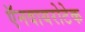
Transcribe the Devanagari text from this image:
ऍनवायरोटेक